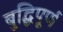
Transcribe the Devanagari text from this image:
बुद्धिपूर्ण